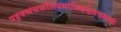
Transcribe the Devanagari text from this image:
पट्टवस्त्रंचकौशेयंमांजिष्ठंश्वेतवस्त्रकं